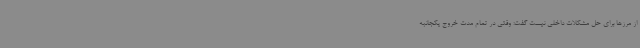
از مرزها برای حل مشکلات داخلی نیست گفت: وقتی در تمام مدت خروج یکجانبه